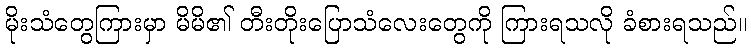
မိုးသံတွေကြားမှာ မိမိ၏ တီးတိုးပြောသံလေးတွေကို ကြားရသလို ခံစားရသည်။